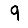
Digit: 9